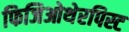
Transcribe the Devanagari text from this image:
फिजिओथेरपिस्ट